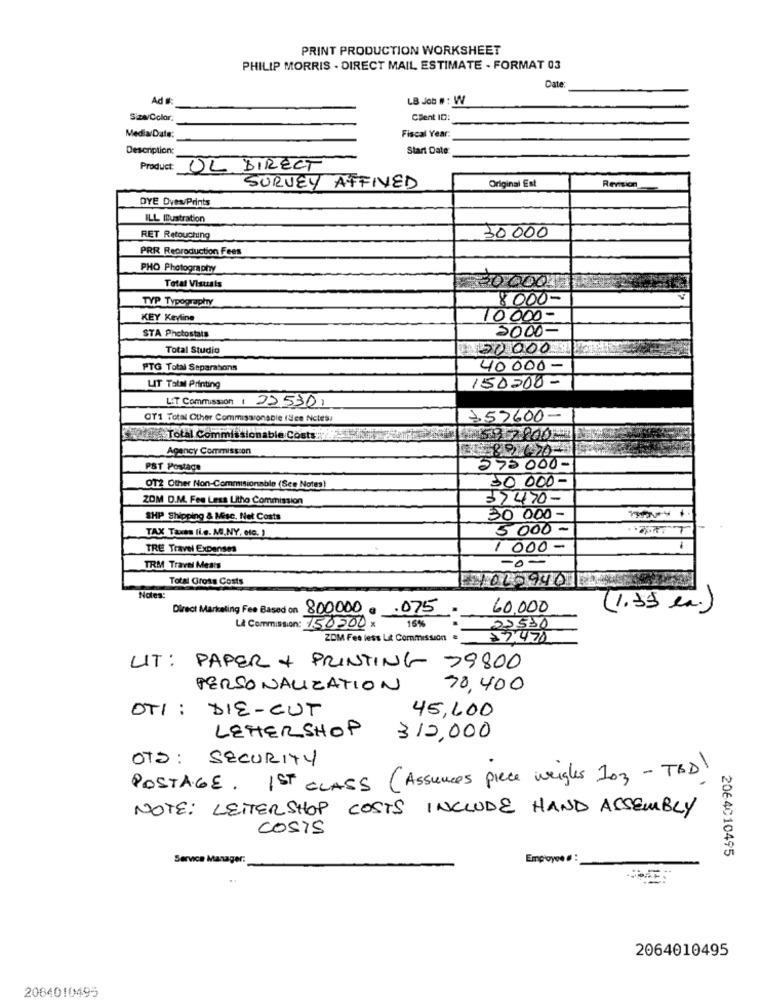
PRINT PRODUCTION WORKSHEET
PHILIP MORRIS - DIRECT MAIL ESTIMATE - FORMAT 03
Date:
Ad #
LB Job # : W
Siza/Color
Client ID:
Media/Date:
Fiscal Year
Description:
Start Date
Product: UL DIRECT
SURVEY AFFIXED
Original Est
Revision
DYE Dyes/Prints
ILL Illustration
RET Retouching
30 000
PRR Reproduction Fees
PHO Photography
Total Visuais
30 00012
TYP Typography
8 000-
KEY Keyline
10000-
2000-
STA Photostats
Total Studio
150000
PTG Total Separations
40 000-
150000-
LIT Talal Printing
LIT Commission ( 225301
OT1 Total Other CommissionsDie (See Nctess
153600-
Total Commissionable Costs ::
Agency Commission
30.89.47-
PST Postage
575000-
OT2 Other Non-Commisionable (Ses Notes)
30 000-
ZOM D.M. Fee Less Litho Commission
37470-
SHIP Shipping & Misc. Net Costs
30 000-
TAX Taxes (i.g. M.NY, etc. )
5000-
TRE Travel Expenses
1 000 -
-0-
TRM Travel Meats
Total Gross Costs
YOL-9401
Notes:
Direct Marketing Fee Based on
800.000 € .075
60,000
(1,39 en.)
16%
Là Commission: 150200 x
22530
ZOM Fes less LA Commission #
27.478
UIT: PAPER + PRINTING 79800
PERSONALIZATION
70,400
OTI : DIE-CUT
45,600
LETTERSHOP
312,000
OTS : SECURITY
POSTAGE. 1ST CLASS (Assunces piece weights 103 - TBD)
NOTE: LETTERSHOP COSTS INCLUDE HAND ASSEMBLY
COSTS
2064C10495
Service Manager:
Employee
2064010495
2084010495